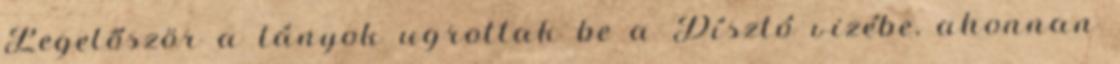
Legelőször a lányok ugrottak be a Dísztó vizébe, ahonnan